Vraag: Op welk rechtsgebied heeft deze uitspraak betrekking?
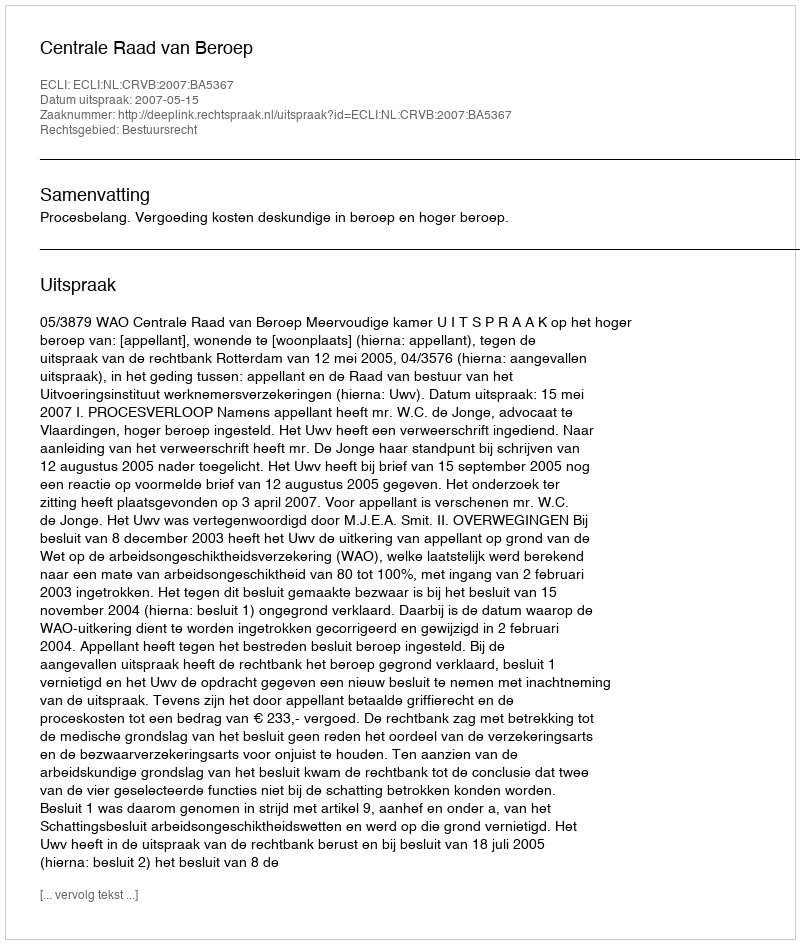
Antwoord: Bestuursrecht